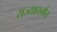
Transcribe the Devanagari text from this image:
राज्यातर्गत